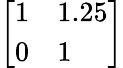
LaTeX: \left[\begin{array}{ll}{1}&{1.25}\\ {0}&{1}\end{array}\right]